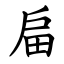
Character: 㧂